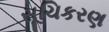
સૂચિકરણ